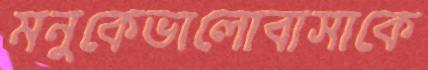
মনুকেভালোবাসাকে